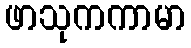
ဖာသုကကာမာ